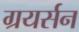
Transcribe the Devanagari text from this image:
ग्रयर्सन